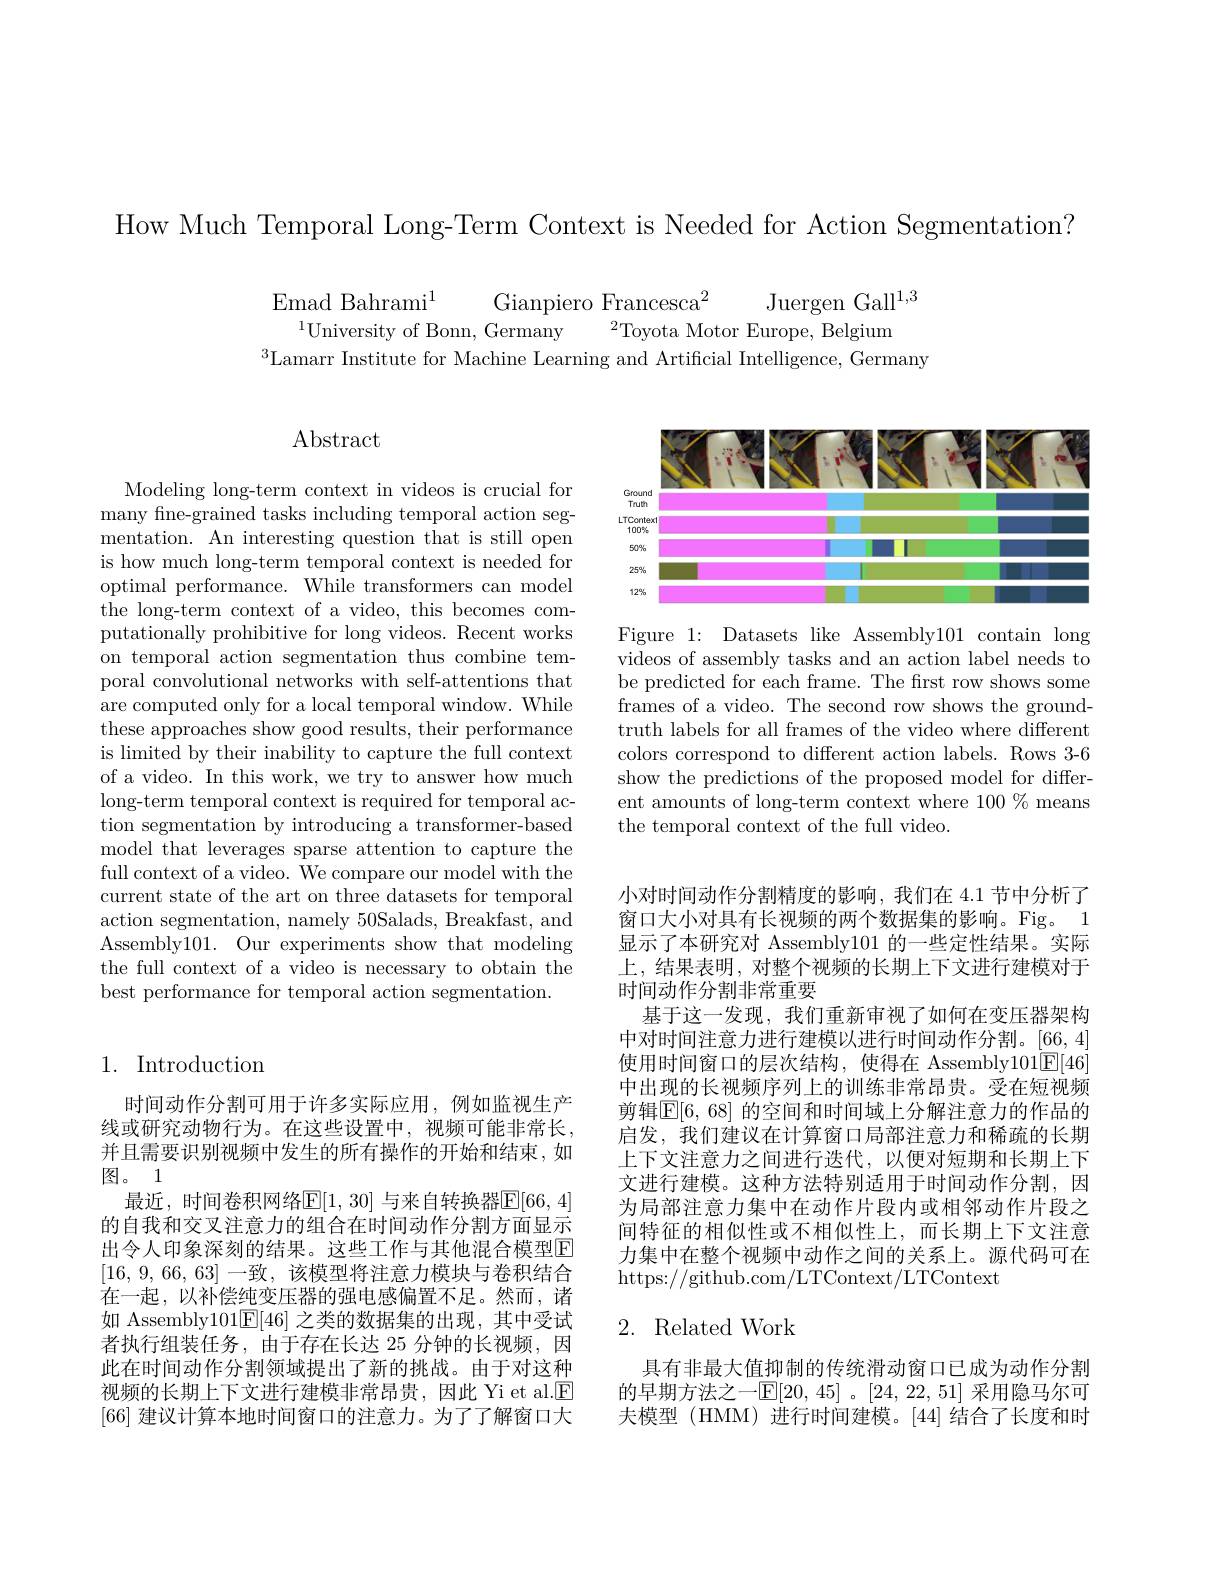
How Much Temporal Long-Term Context is Needed for Action Segmentation?

Emad Bahrami$^{1}$
Gianpiero Francesca$^2$ Juergen Gall$^1,3$
$^{1}$University of Bonn, Germany$^2$Toyota Motor Europe, Belgium
$^{3}$Lamarr Institute for Machine Learning and Artificial Intelligence, Germany

## Abstract

Modeling long-term context in videos is crucial for many fne-grained tasks including temporal action segmentation. An interesting question that is still open is how much long-term temporal context is needed for optimal performance. While transformers can model the long-term context of a video, this becomes computationally prohibitive for long videos. Recent works on temporal action segmentation thus combine temporal convolutional networks with self-attentions that are computed only for a local temporal window. While these approaches show good results, their performance is limited by their inability to capture the full context of a video. In this work, we try to answer how much long-term temporal context is required for temporal action segmentation by introducing a transformer-based model that leverages sparse attention to capture the full context of a video. We compare our model with the current state of the art on three datasets for temporal action segmentation, namely 50Salads, Breakfast, and Assembly101. Our experiments show that modeling the full context of a video is necessary to obtain the best performance for temporal action segmentation.

## 1. Introduction

时间动作分割可用于许多实际应用，例如监视生产线或研究动物行为。在这些设置中，视频可能非常长， 并且需要识别视频中发生的所有操作的开始和结束，如图。1
最近，时间卷积网络$\mathbb{E}[1,30]$ 与来自转换器$\mathbb{E}[66,4]$ 的自我和交叉注意力的组合在时间动作分割方面显示出令人印象深刻的结果。这些工作与其他混合模型E [16, 9, 66, 63] 一致，该模型将注意力模块与卷积结合在一起，以补偿纯变压器的强电感偏置不足。然而，诸如 Assembly101$\mathbb{E}[46]$之类的数据集的出现，其中受试者执行组装任务，由于存在长达 25 分钟的长视频，因此在时间动作分割领域提出了新的挑战。由于对这种视频的长期上下文进行建模非常昂贵，因此 Yi et al.$\underline{\mathrm{E}}$ [66]建议计算本地时间窗口的注意力。为了了解窗口大

<FigureHere>

Figure 1: Datasets like Assembly101 contain long videos of assembly tasks and an action label needs to be predicted for each frame. The frst row shows some frames of a video. The second row shows the groundtruth labels for all frames of the video where different colors correspond to different action labels. Rows 3-6 show the predictions of the proposed model for different amounts of long-term context where 100% means the temporal context of the full video.

小对时间动作分割精度的影响，我们在 4.1 节中分析了窗口大小对具有长视频的两个数据集的影响。Fig。1显示了本研究对 Assembly101 的一些定性结果。实际上，结果表明，对整个视频的长期上下文进行建模对于时间动作分割非常重要
基于这一发现，我们重新审视了如何在变压器架构中对时间注意力进行建模以进行时间动作分割。[66,4] 使用时间窗口的层次结构，使得在 Assembly101E[46] 中出现的长视频序列上的训练非常昂贵。受在短视频剪辑[E[6,68] 的空间和时间域上分解注意力的作品的启发，我们建议在计算窗口局部注意力和稀疏的长期上下文注意力之间进行迭代，以便对短期和长期上下文进行建模。这种方法特别适用于时间动作分割，因为局部注意力集中在动作片段内或相邻动作片段之间特征的相似性或不相似性上，而长期上下文注意力集中在整个视频中动作之间的关系上。源代码可在https://github.com/LTContext/LTContext

## 2. Related Work

具有非最大值抑制的传统滑动窗口已成为动作分割的早期方法之一$\mathbb{E}[20,45]$。[24,22,51] 采用隐马尔可夫模型(HMM)进行时间建模。[44]结合了长度和时